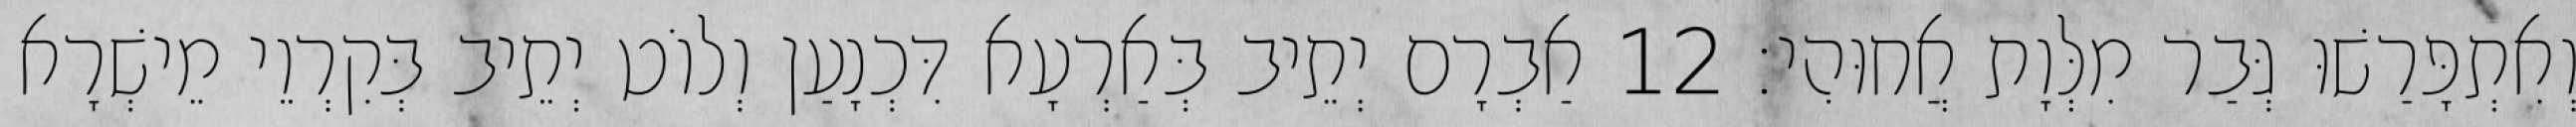
וְאִתְפָּרַשׁוּ גְּבַר מִלְּוָת אֲחוּהִי׃ 12 אַבְרָם יְתֵיב בְּאַרְעָא דִּכְנָעַן וְלוֹט יְתֵיב בְּקִרְוֵי מֵישְׁרָא